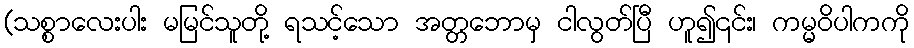
(သစ္စာလေးပါး မမြင်သူတို့ ရသင့်သော အတ္တဘောမှ ငါလွတ်ပြီ ဟူ၍၎င်း၊ ကမ္မဝိပါကကို